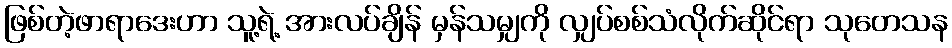
ဖြစ်တဲ့ဖာရာဒေးဟာ သူ့ရဲ့ အားလပ်ချိန် မှန်သမျှကို လျှပ်စစ်သံလိုက်ဆိုင်ရာ သုတေသန